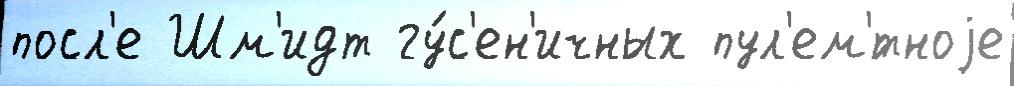
посл'е Шм'идт гу́с'ен'ичных пул'ем'́тноjе